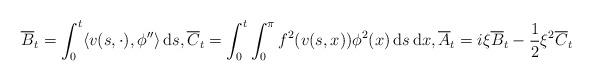
LaTeX: \begin{align*} & \overline{B}_t = \int_{0}^{t} \langle v(s, \cdot), \phi'' \rangle \, \textrm{d}s, \overline{C}_t = \int_{0}^{t} \int_{0}^{\pi} f^2(v(s,x)) \phi^2(x) \, \textrm{d}s \, \textrm{d}x, \overline{A}_t = i \xi \overline{B}_t - \frac{1}{2} \xi^2 \overline{C}_t\end{align*}